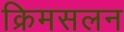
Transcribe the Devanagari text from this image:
क्रिमसलन